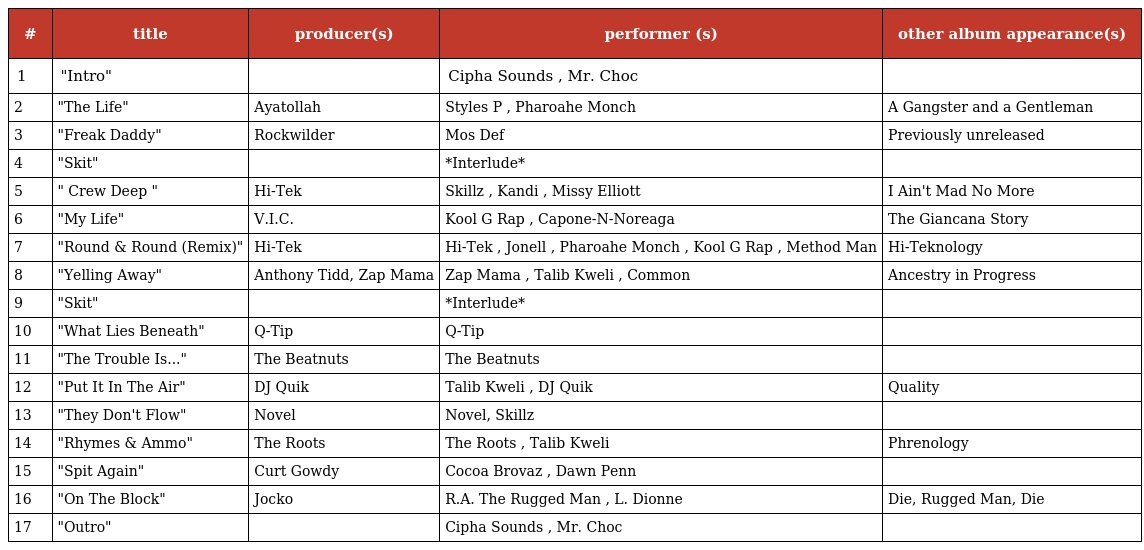
| # | title | producer(s) | performer (s) | other album appearance(s) |
 | --- | --- | --- | --- | --- |
 | 1 | "Intro" |  | Cipha Sounds , Mr. Choc |  |
 | 2 | "The Life" | Ayatollah | Styles P , Pharoahe Monch | A Gangster and a Gentleman |
 | 3 | "Freak Daddy" | Rockwilder | Mos Def | Previously unreleased |
 | 4 | "Skit" |  | *Interlude* |  |
 | 5 | " Crew Deep " | Hi-Tek | Skillz , Kandi , Missy Elliott | I Ain't Mad No More |
 | 6 | "My Life" | V.I.C. | Kool G Rap , Capone-N-Noreaga | The Giancana Story |
 | 7 | "Round & Round (Remix)" | Hi-Tek | Hi-Tek , Jonell , Pharoahe Monch , Kool G Rap , Method Man | Hi-Teknology |
 | 8 | "Yelling Away" | Anthony Tidd, Zap Mama | Zap Mama , Talib Kweli , Common | Ancestry in Progress |
 | 9 | "Skit" |  | *Interlude* |  |
 | 10 | "What Lies Beneath" | Q-Tip | Q-Tip |  |
 | 11 | "The Trouble Is..." | The Beatnuts | The Beatnuts |  |
 | 12 | "Put It In The Air" | DJ Quik | Talib Kweli , DJ Quik | Quality |
 | 13 | "They Don't Flow" | Novel | Novel, Skillz |  |
 | 14 | "Rhymes & Ammo" | The Roots | The Roots , Talib Kweli | Phrenology |
 | 15 | "Spit Again" | Curt Gowdy | Cocoa Brovaz , Dawn Penn |  |
 | 16 | "On The Block" | Jocko | R.A. The Rugged Man , L. Dionne | Die, Rugged Man, Die |
 | 17 | "Outro" |  | Cipha Sounds , Mr. Choc |  |